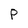
Character: P